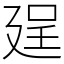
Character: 𢌥